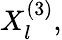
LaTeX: X_{l}^{(3)},